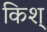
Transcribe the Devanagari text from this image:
किश्